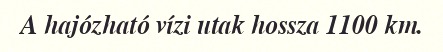
A hajózható vízi utak hossza 1100 km.